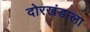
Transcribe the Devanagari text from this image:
दोरखंडाला